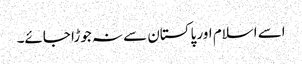
اسے اسلام اور پاکستان سے نہ جوڑا جائے۔